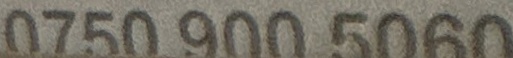
0750 900 5060